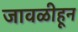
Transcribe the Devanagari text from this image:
जावळीहून